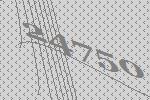
24750